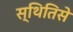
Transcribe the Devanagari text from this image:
स्थितिसे